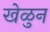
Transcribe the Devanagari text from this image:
खेळुन